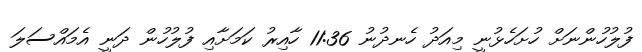
ފުލުހުންނަށް ހުށަހެޅުނީ މިއަދު ހެނދުނު 11:36 ހާއިރު ކަމަށާއި ފުލުހުން ދަނީ އެމައްސަލަ